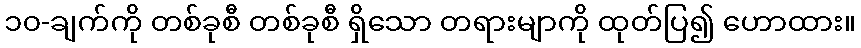
၁၀-ချက်ကို တစ်ခုစီ တစ်ခုစီ ရှိသော တရားမျာကို ထုတ်ပြ၍ ဟောထား။